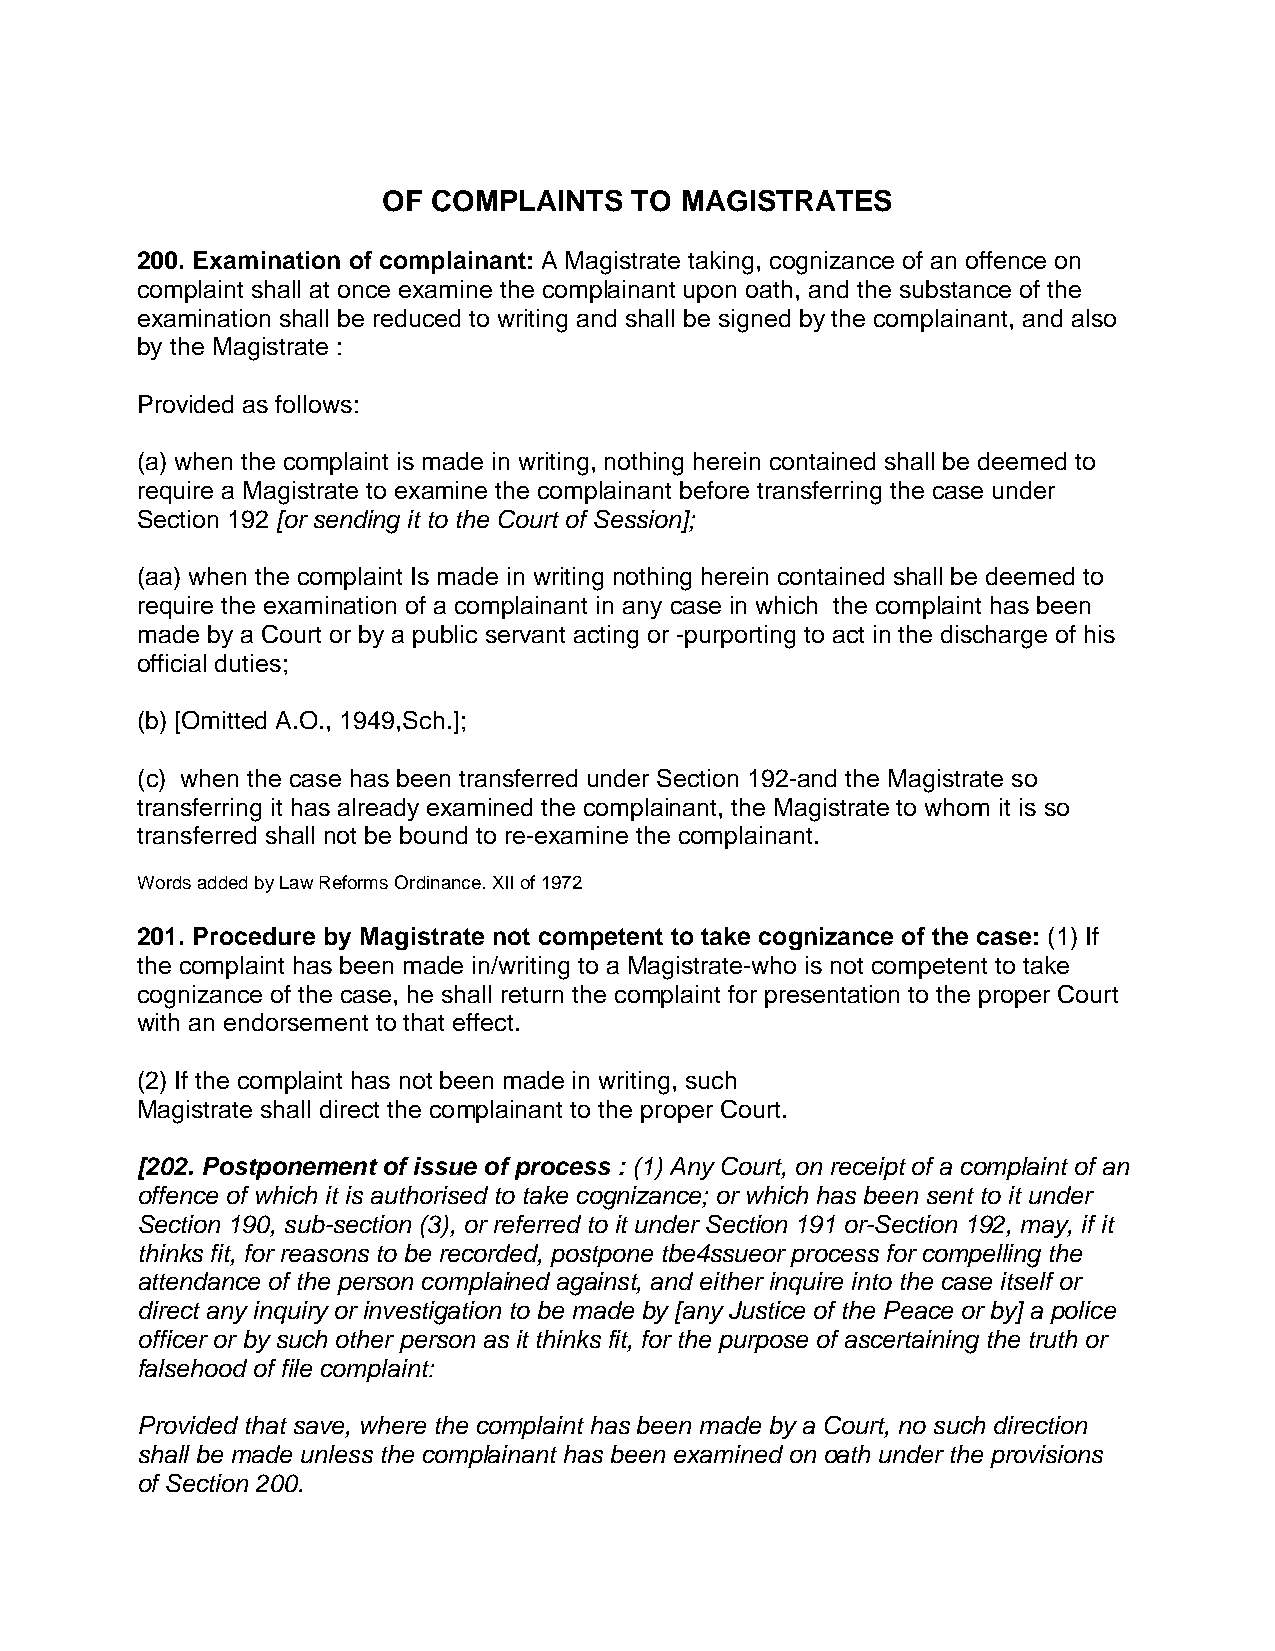
OF  COMPLAINTS   TO MAGISTRATES
 200. Examination of complainant: A Magistrate taking, cognizance of an offence on
 complaint shall at once examine the complainant upon oath, and the substance of the
 examination shall be reduced to writing and shall be signed by the complainant, and also
 by the Magistrate :
 Provided as follows:
 (a) when the complaint is made in writing, nothing herein contained shall be deemed to
 require a Magistrate to examine the complainant before transferring the case under
 Section 192 [or sending it to the Court of Session];
 (aa) when the complaint Is made in writing nothing herein contained shall be deemed to
 require the examination of a complainant in any case in which the complaint has been
 made by a Court or by a public servant acting or -purporting to act in the discharge of his
 official duties;
 (b) [Omitted A.O., 1949,Sch.];
 (c) when the case has been transferred under Section 192-and the Magistrate so
 transferring it has already examined the complainant, the Magistrate to whom it is so
 transferred shall not be bound to re-examine the complainant.
 Words added by Law Reforms Ordinance. XII of 1972
 201. Procedure by Magistrate not competent to take cognizance of the case: (1) If
 the complaint has been made in/writing to a Magistrate-who is not competent to take
 cognizance of the case, he shall return the complaint for presentation to the proper Court
 with an endorsement to that effect.
 (2) If the complaint has not been made in writing, such
 Magistrate shall direct the complainant to the proper Court.
 [202. Postponement of issue of process : (1) Any Court, on receipt of a complaint of an
 offence of which it is authorised to take cognizance; or which has been sent to it under
 Section 190, sub-section (3), or referred to it under Section 191 or-Section 192, may, if it
 thinks fit, for reasons to be recorded, postpone tbe4ssueor process for compelling the
 attendance of the person complained against, and either inquire into the case itself or
 direct any inquiry or investigation to be made by [any Justice of the Peace or by] a police
 officer or by such other person as it thinks fit, for the purpose of ascertaining the truth or
 falsehood of file complaint:
 Provided that save, where the complaint has been made by a Court, no such direction
 shall be made unless the complainant has been examined on oath under the provisions
 of Section 200.